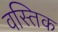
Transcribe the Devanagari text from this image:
वस्तिक